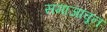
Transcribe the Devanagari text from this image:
समाजावून